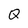
Character: Q